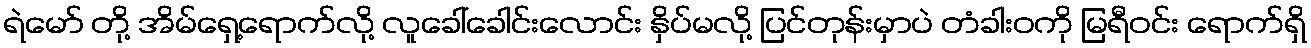
ရဲမော် တို့ အိမ်ရှေ့ရောက်လို့ လူခေါ်ခေါင်းလောင်း နှိပ်မလို့ ပြင်တုန်းမှာပဲ တံခါးဝကို မြရီဝင်း ရောက်ရှိ